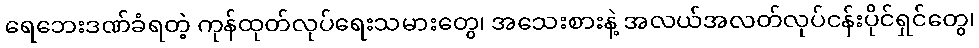
ရေဘေးဒဏ်ခံရတဲ့ ကုန်ထုတ်လုပ်ရေးသမားတွေ၊ အသေးစားနဲ့ အလယ်အလတ်လုပ်ငန်းပိုင်ရှင်တွေ၊